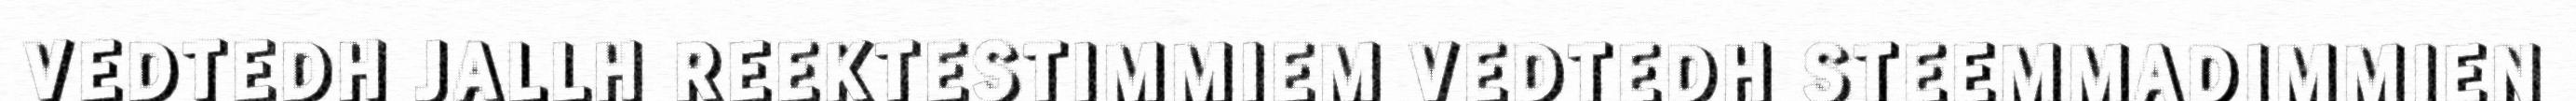
VEDTEDH JALLH REEKTESTIMMIEM VEDTEDH STEEMMADIMMIEN